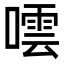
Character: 𭊤